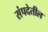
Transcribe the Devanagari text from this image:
संपदेतील